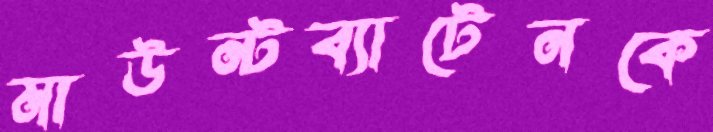
মাউন্টব্যাটেনকে